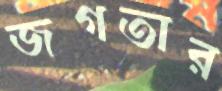
জগতার